Vaccination report Assam 1874-1896 - 1874-1896
Year: 1874
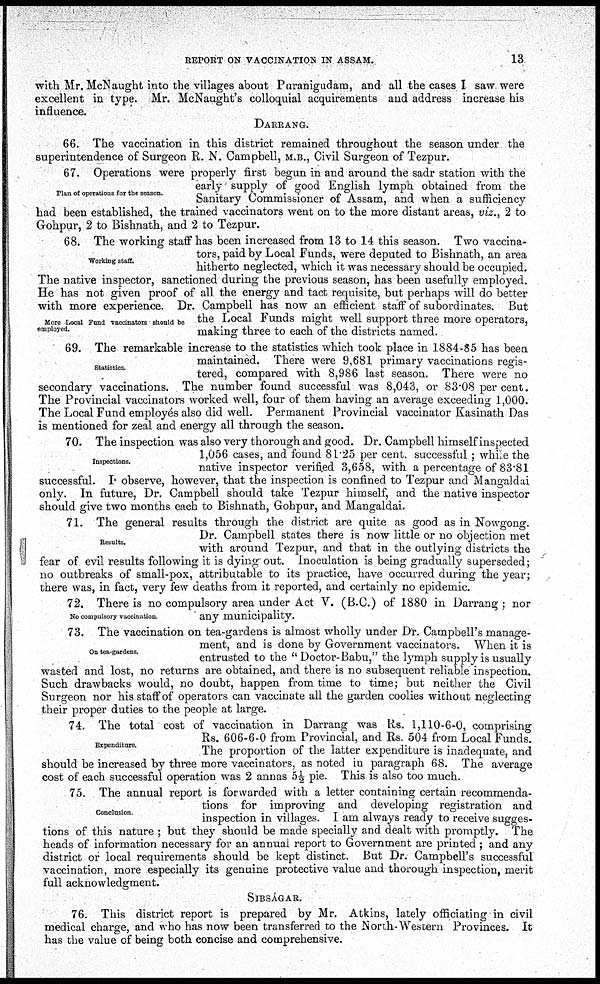
REPORT ON VACCINATION IN ASSAM.
13
with Mr. McNaught into the villages about Puranigudam, and all the cases I saw were
excellent in type. Mr. McNaught's colloquial acquirements and address increase his
influence.
DARRANG.
66. The vaccination in this district remained throughout the season under the
superintendence of Surgeon R. N. Campbell, M.B., Civil Surgeon of Tezpur.
Plan of operations for the season.
67. Operations were properly first begun in and around the sadr station with the
early supply of good English lymph obtained from the
Sanitary Commissioner of Assam, and when a sufficiency
had been established, the trained vaccinators went on to the more distant areas, viz., 2 to
Gohpur, 2 to Bishnath, and 2 to Tezpur.
Working staff.
More Local Fund vaccinators should be
employed.
68. The working staff has been increased from 13 to 14 this season. Two vaccina-
tors, paid by Local Funds, were deputed to Bishnath, an area
hitherto neglected, which it was necessary should be occupied.
The native inspector, sanctioned during the previous season, has been usefully employed.
He has not given proof of all the energy and tact requisite, but perhaps will do better
with more experience. Dr. Campbell has now an efficient staff of subordinates. But
the Local Funds might well support three more operators,
making three to each of the districts named.
Statistics.
69. The remarkable increase to the statistics which took place in 1884-85 has been
maintained. There were 9,681 primary vaccinations regis-
tered, compared with 8,986 last season. There were no
secondary vaccinations. The number found successful was 8,043, or 83.08 per cent.
The Provincial vaccinators worked well, four of them having an average exceeding 1,000.
The Local Fund employés also did well. Permanent Provincial vaccinator Kasinath Das
is mentioned for zeal and energy all through the season.
Inspections.
70. The inspection was also very thorough and good. Dr. Campbell himself inspected
1,056 cases, and found 81.25 per cent. successful; while the
native inspector verified 3,658, with a percentage of 83.81
successful. I observe, however, that the inspection is confined to Tezpur and Mangaldai
only. In future, Dr. Campbell should take Tezpur himself, and the native inspector
should give two months each to Bishnath, Gohpur, and Mangaldai.
Results.
71. The general results through the district are quite as good as in Nowgong.
Dr. Campbell states there is now little or no objection met
with around Tezpur, and that in the outlying districts the
fear of evil results following it is dying out. Inoculation is being gradually superseded;
no outbreaks of small-pox, attributable to its practice, have occurred during the year;
there was, in fact, very few deaths from it reported, and certainly no epidemic.
No compulsory vaccination.
72. There is no compulsory area under Act V. (B.C.) of 1880 in Darrang; nor
any municipality.
On tea-gardens.
73. The vaccination on tea-gardens is almost wholly under Dr. Campbell's manage-
ment, and is done by Government vaccinators. When it is
entrusted to the " Doctor-Babu," the lymph supply is usually
wasted and lost, no returns are obtained, and there is no subsequent reliable inspection.
Such drawbacks would, no doubt, happen from time to time; but neither the Civil
Surgeon nor his staff of operators can vaccinate all the garden coolies without neglecting
their proper duties to the people at large.
Expenditure.
74. The total cost of vaccination in Darrang was Rs. 1,110-6-0, comprising
Rs. 606-6-0 from Provincial, and Rs. 504 from Local Funds.
The proportion of the latter expenditure is inadequate, and
should be increased by three more vaccinators, as noted in paragraph 68. The average
cost of each successful operation was 2 annas 5 ½ pie. This is also too much.
Conclusion.
75. The annual report is forwarded with a letter containing certain recommenda-
tions for improving and developing registration and
inspection in villages. I am always ready to receive sugges-
tions of this nature ; but they should be made specially and dealt with promptly. The
heads of information necessary for an annual report to Government are printed ; and any
district or local requirements should be kept distinct. But Dr. Campbell's successful
vaccination, more especially its genuine protective value and thorough inspection, merit
full acknowledgment.
SIBSÁGAR.
76. This district report is prepared by Mr. Atkins, lately officiating in civil
medical charge, and who has now been transferred to the North-Western Provinces. It
has the value of being both concise and comprehensive.